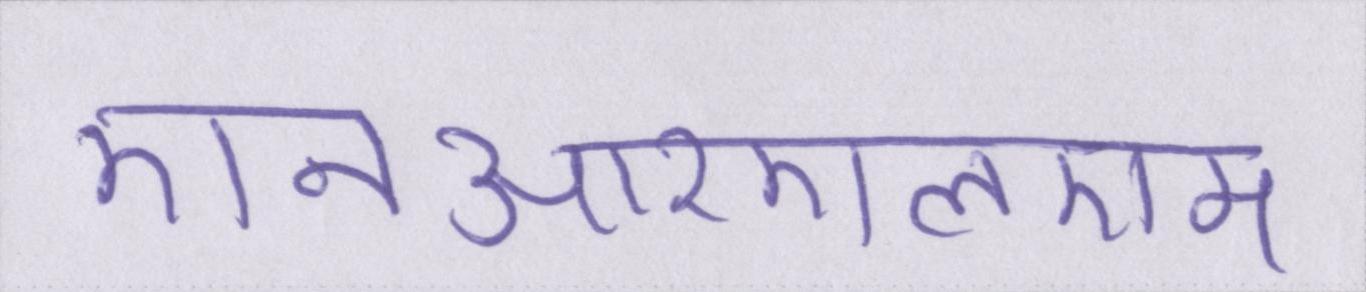
एनआरएलएम